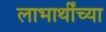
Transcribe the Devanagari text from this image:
लाभार्थींच्या